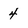
Character: 4